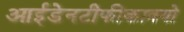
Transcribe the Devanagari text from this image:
आईडेनटीफीकाक्यो